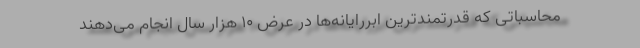
محاسباتی که قدرتمندترین ابررایانه‌ها در عرض ۱۰ هزار سال انجام می‌دهند